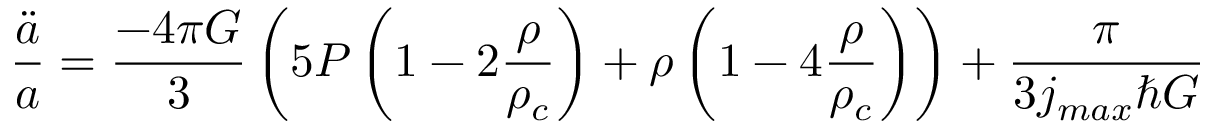
\frac { \ddot { a } } { a } = \frac { - 4 \pi G } { 3 } \left( 5 P \left( 1 - 2 \frac { \rho } { \rho _ { c } } \right) + \rho \left( 1 - 4 \frac { \rho } { \rho _ { c } } \right) \right) + \frac { \pi } { 3 j _ { m a x } \hbar G }